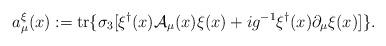
LaTeX: \begin{align*}a_\mu^{\xi}(x) := {\rm tr}\{ \sigma_3 [\xi^\dagger(x) {\cal A}_\mu(x) \xi(x) + i g^{-1}\xi^\dagger(x) \partial_\mu \xi(x)] \} .\end{align*}